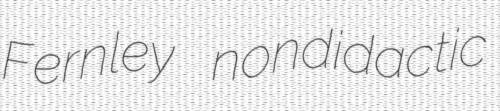
Fernley nondidactic